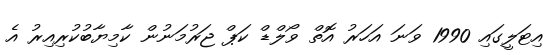
އިޓަލީގައި 1990 ވަނަ އަހަރު އޮތް ވޯލްޑް ކަޕް ޖަރުމަނުން ކާމިޔާބުކުރިއިރު އެ